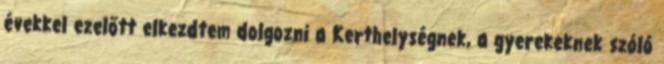
évekkel ezelőtt elkezdtem dolgozni a Kerthelységnek, a gyerekeknek szóló